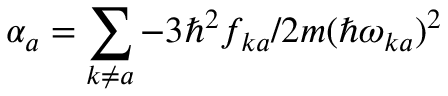
\alpha _ { a } = \sum _ { k \neq a } - 3 \hbar ^ { 2 } f _ { k a } / 2 m ( \hbar \omega _ { k a } ) ^ { 2 }